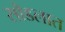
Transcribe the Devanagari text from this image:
सोडलात